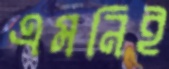
এমনিই